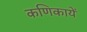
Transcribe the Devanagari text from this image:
कणिकायें